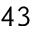
4 3